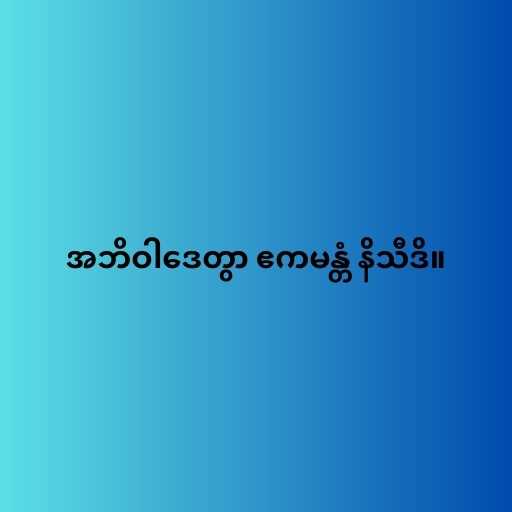
အဘိဝါဒေတွာ ဧကမန္တံ နိသီဒိ။